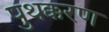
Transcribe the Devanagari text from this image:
पुथक्करण